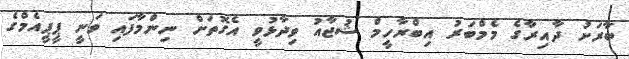
ބާރަށު ދާއިރާގެ މެމްބަރު އިބްރާހީމް ޝުޖާއު ވިދާޅުވީ އެގޮތަށް ނިންމާފައި ވަނީ ޕީޕީއެމްގެ